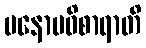
မနောပဝိစာရာတိ